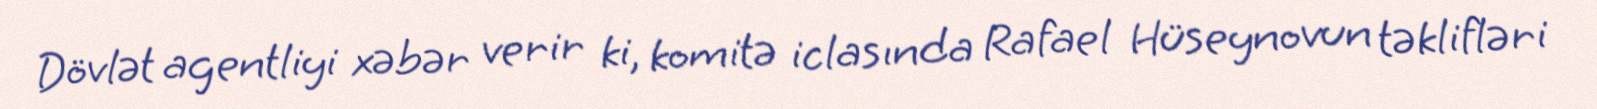
Dövlət agentliyi xəbər verir ki, komitə iclasında Rafael Hüseynovun təklifləri